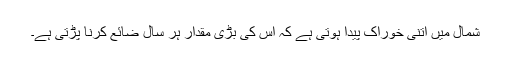
شمال میں اتنی خوراک پیدا ہوتی ہے کہ اس کی بڑی مقدار ہر سال ضائع کرنا پڑتی ہے۔